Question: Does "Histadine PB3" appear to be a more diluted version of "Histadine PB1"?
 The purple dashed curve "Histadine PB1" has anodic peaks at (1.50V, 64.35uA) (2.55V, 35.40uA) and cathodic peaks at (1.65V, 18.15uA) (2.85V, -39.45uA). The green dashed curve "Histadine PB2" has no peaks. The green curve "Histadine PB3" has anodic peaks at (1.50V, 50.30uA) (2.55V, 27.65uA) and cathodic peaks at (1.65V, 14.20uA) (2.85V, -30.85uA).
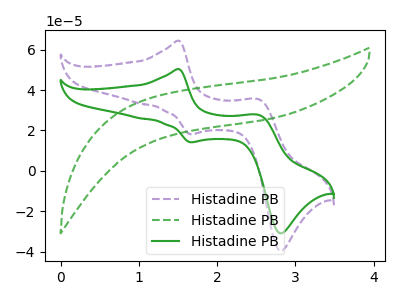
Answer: <think>All the peaks in "Histadine PB3" have a peak in "Histadine PB1" at the same potential.
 </think>
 <answer>I cant tell if "Histadine PB3" or "Histadine PB1" has higher concentration.</answer>
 <eval>mixed_concentration</eval>